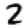
Digit: 2